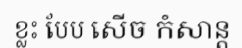
ខ្លះ បែប សើច កំសាន្ត